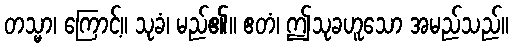
တသ္မာ၊ ကြောင့်။ သုခံ၊ မည်၏။ ဧတံ၊ ဤသုခဟူသော အမည်သည်။